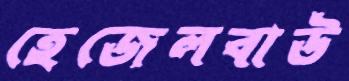
হেজেলবাউ